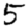
Digit: 5